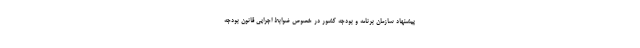
پیشنهاد سازمان برنامه و بودجه کشور در خصوص ضوابط اجرایی قانون بودجه